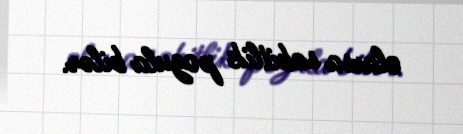
olarsa sabitlik pozula bilər.